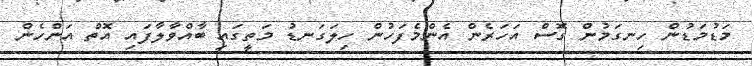
މަޑުމަޑުން ހިނގަމުން ގޮސް އަހަރެން އެންމެފަހުން ހިލަގަނޑު މަތީގައި ބާއްވާލާފައި އޮތް އަންހެން